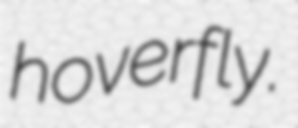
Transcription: hoverfly.